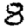
Digit: 8